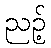
ညဉ့်